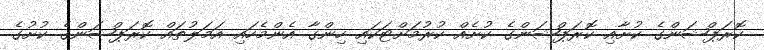
ކޮރަޕްޝަންގެ ކުށާއި ކޮރަޕްޝަންގެ ކުށެއް ކުރުމަށްޓަކައި ހިންގާ އެންމެހައި އަމަލުތައް ކޮރަޕްޝަންގެ ކުށުގެ